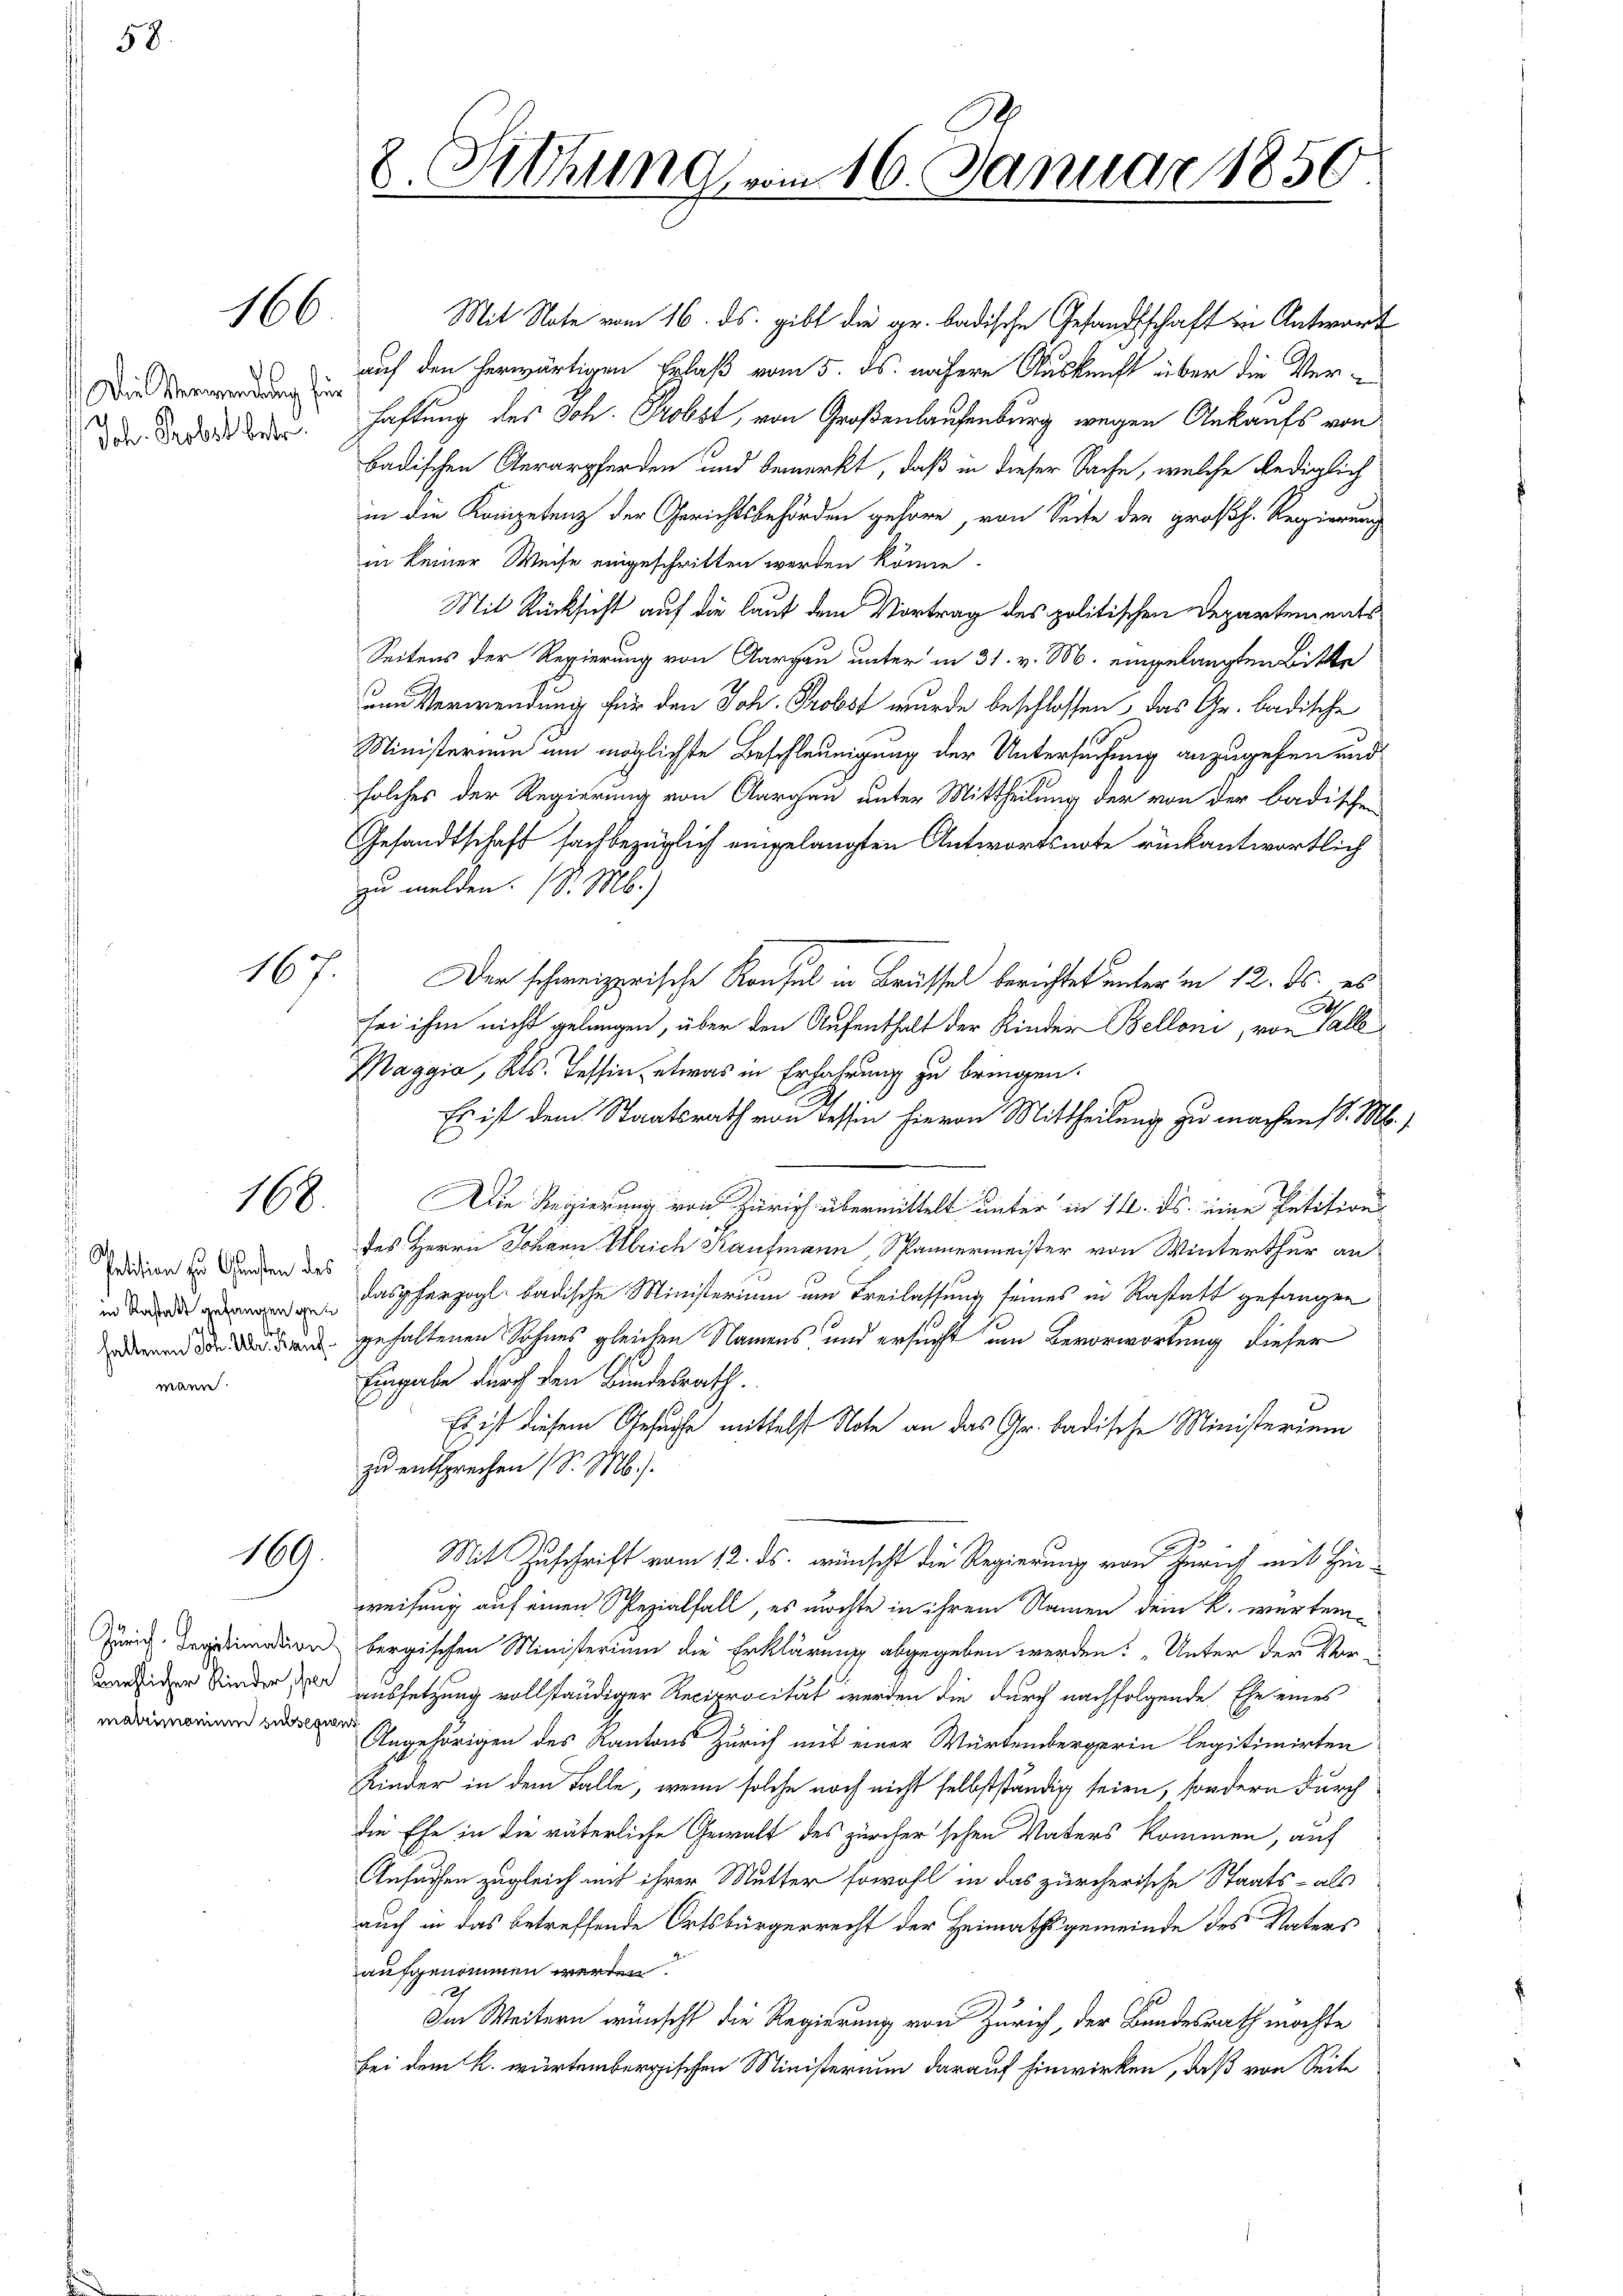
58.

166

Die Verwendung für
Joh. Probst betr.

167.

168

Petition zu Gunsten des
 in Kastatt gefangen gen

169.

Mit Note vom 16. ds. gibt die gr. badische Gesandtschaft in Antwort
auf den herwärtigen Erlaß vom 5. ds. nähere Auskunft über die Verhaftung des Joh. Probst, von Großenlaufenburg wegen Ankaufs von
badischen Aerarpferden und bemerkt, daß in dieser Sache, welche Rediglich
in die Kompetenz der Gerichtsbehörden gehöre, von Seite der großh. Regierung
in keiner Weise eingeschritten werden könne.
Mit Rücksicht auf die laut dem Vortrag des politischen Departements
Seitens der Regierung von Aargau unter in 31. v. M. eingelangten Bitte
um Verwendung für den Joh. Probst wurde beschlossen, das Gr. badische
Ministerium um möglichste Beschleunigung der Untersuchung anzugehen und
solches der Regierung von Aargau unter Mittheilung der von der badischen
Gesandtschaft sachbezüglich eingelangten Antwortsnote rückantwortlich
zu melden. (S. M.)
Der schweizerische Konsul in Brüssel berichtet unterm 12. ds. es
s
sei ihm nicht gelangen, über den Aufenthalt der Kinder Belloni, von Galle
Maggia, Kts. Tessin, etwas in Erfahrung zu bringen.
Es ist dem Staatsrath von Tessin hievon Mittheilung zu machens d. M.
Die Regierung von Zürich übermittelt unter in 14. ds. eine Petitions
des Herrn Johann Ulrich Kaufmann, Spannermeister von Winterthur an
dasgherzogl. badische Ministerium um Freilassung seines in Rastatt gefangen
Denen den gehaltenen Sohnes gleichen Namens und ersucht um Bevorwortung dieser
Eingabe durch den Bundesrath.
d
Es ist diesem Gesuche mittelst Note an das Gr. badische Ministerium
zu entsprechen (S. M.).
Mit Zuschrift vom 12. ds. wünscht die Regierung von Zürich mit Hinweisung auf einen Spezialfall, es möchte in ihrem Namen dem k. wertem¬
A indern bergischen Ministerium die Erklärung abgegeben werden: „Unter der Vor¬
 Kinder der aussetzung vollständiger Reciprocität werden die durch nachfolgende Ehe eines
 Angehörigen des Kantons Zürich mit einer Würtembergerin legitimirten
Kinder in dem Falle, wenn solche noch nicht selbstständig seien, sondern durch
die Ehe in die väterliche Gewalt des zürcher'schen Vaters kommen, auf
Ansuchen zugleich mit ihrer Mutter sowohl in das zürcherische Staats- als
auch in das betreffende Ortsbürgerrecht der Heimathsgemeinde des Vaters
aufgenommen werden.
Im Weitern wünscht die Regierung von Zürich, der Bundesrath möchte
bei dem k. würtembergischen Ministerium darauf hinwirken, daß von Seite

2. Sitzung vom 16. Januar 1856
.